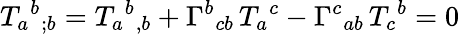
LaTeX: {T_{a}}^{b}{}_{;b}={T_{a}}^{b}{}_{,b}+{\Gamma^{b}}_{cb}\, {T_{a}}^{c}-{\Gamma^{c}}_{ab}\, {T_{c}}^{b}=0